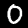
Digit: 0